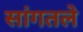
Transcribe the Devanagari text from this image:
सांगतले